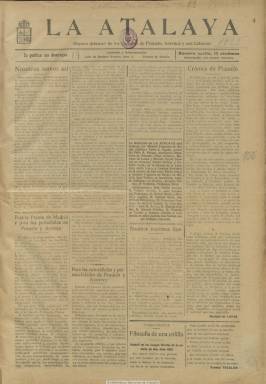
Título: La Atalaya (Pozuelo de Alarcón. 1923)
Colección: Periódicos
Ámbito geográfico: Madrid
Lugar de publicación: Pozuelo de Alarcón [Madrid]
Fechas: 15/07/1923-30/12/1923

Con  el subtítulo “órgano defensor de los intereses de Pozuelo, Aravaca y sus Colonias”, comienza a publicarse el 15 de julio de 1923, en entregas semanales, generalmente de cuatro páginas, compuestas a cuatro columnas, apareciendo cada domingo. Se presenta como una publicación de carácter local, con la redacción y administración en la localidad madrileña de Pozuelo de Alarcón. Resalta de ella el nombre de su director, el entonces joven abogado de origen ecijano Manuel Figueroa de Rojas (1892-1978), que llegaría a ser elegido en Sevilla como diputado de una coalición republicano-derechista en febrero de 1936, y de cuya trayectoria vital ha dado cuenta María del Carmen Fernández Albéndiz (2011) en un estudio con el epígrafe “un diputado republicano, conservador y masón”. Tras su estancia en Francia durante la guerra civil, Figueroa llegaría a afincarse finalmente en Cuba, de donde regresará España en 1950, teniendo que “ajustar cuentas” con el Tribunal Especial para la Represión de la Masonería y el Comunismo,  ante el que alegará en su defensa que había sido propagandista de la dictadura primoriverista y dirigido durante la misma “un semanario modesto en Pozuelo”.

Se trata pues de este título, en el que escribe el artículo de presentación del primer número con cierta ironía, que el mismo la califica de “ironía nacional y racial, inofensiva y triste”. La publicación ofrece noticias locales de esta zona de Madrid, de índole municipal, deportiva, industrial o económica, además de una agenda de espectáculos y culto religioso y una guía de horarios de trenes y autobuses. Además, publica crónicas, algunos textos de creación literaria y una sección titulada Chari-vari, así como inserciones de reclamos publicitarios, que llegan a ocupar casi por completo la última plana. En sus páginas aparecen algunos fotograbados de lugares pintorescos de Pozuelo y algunas caricaturas y retratos de autoridades locales, así como de un solado con el nombre Demetrio Cuenca que muere en la guerra de Marruecos, al que le dedica un homenaje como un héroe local.

La publicación da cuenta de sus redactores, apareciendo además Pedro J. Aguado, como gerente, y Félix R. Pelayo, como secretario. Jesús Ramírez, Mariano de Lucas y Manuel García Cuervo, son redactores en Pozuelo; Tomás Pellicer y Antonio Ávila, en Aravaca; Julio Lanza y Lorenzo Santana, en la colonia de la Estación; Pablo Astigi y Antonio Figueroa de Rojas (hermano del director), en la colonia San José; José Palbis, en Madrid; Adolfo Carbayo, en Barcelona, Enrique Feria, en Sevilla, y Francisco Ariza, aparece como redactor en Valencia. En el cuadro de colaboradores se indican a Teresa Guirao, Antonio Aristoy, Juan Fernández Rodríguez, Rafael Barón y Martínez Aguiló, Manuel Olías, Alfredo Echegaray, Francisco Freigero, Manuel Leonís, José Moreno, José M. Arnau, Manuel Frades, Manuel Pinillos y Francisco Roldán.

El número 27, correspondiente al 30 de diciembre de 1923,  es el último de la colección en la Biblioteca Nacional de España.